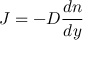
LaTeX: \quad J = - D { \frac { d n } { d y } }